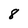
Character: 8